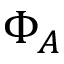
\Phi _ { A }